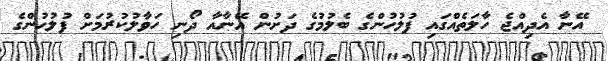
އޭނާ އެދިއްޖެ ހާލަތެއްގައި ފުލުހުންގެ ބެލުމުގެ ދަށުން އޭނާއާ ދޯނި ހަވާލުކުރުމަށް ފުލުހުންގެ